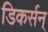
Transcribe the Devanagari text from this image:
डिकर्सन्